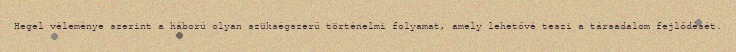
Hegel véleménye szerint a háború olyan szükségszerű történelmi folyamat, amely lehetővé teszi a társadalom fejlődését.